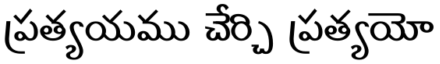
ప్రత్యయము చేర్చి ప్రత్యయో